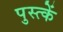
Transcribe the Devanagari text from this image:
पुस्त्कें